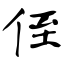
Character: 侄